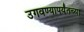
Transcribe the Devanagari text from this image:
उगवण्यापर्यंतच्या